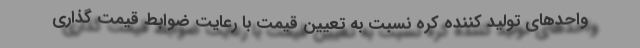
واحدهای تولید کننده کره نسبت به تعیین قیمت با رعایت ضوابط قیمت گذاری